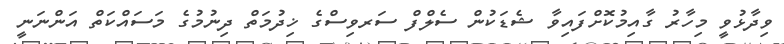
ވިދާޅުވީ މިހާރު ގާއިމުކޮށްފައިވާ ޝެޑަކުން ސެލްފް ސަރވިސްގެ ޚިދުމަތް ދިނުމުގެ މަސައްކަތް އަންނަނީ